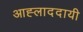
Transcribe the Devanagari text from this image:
आह्लाददायी